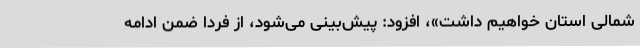
شمالی استان خواهیم داشت»، افزود: پیش‌بینی می‌شود، از فردا ضمن ادامه